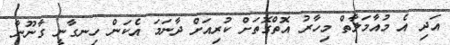
އަދި އެ މުއާމަލާތް މިހާރު އޮތްގޮތަށް ކުރިއަށް ދާނަމަ އެކަން ހިނގާނީ ގާނޫނާ